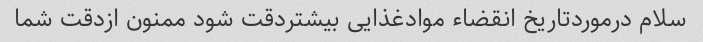
سلام درموردتاریخ انقضاء موادغذایی بیشتردقت شود ممنون ازدقت شما